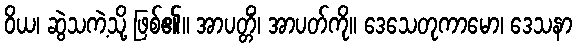
ဝိယ၊ ဆွဲသကဲ့သို့ ဖြစ်၏။ အာပတ္တိံ၊ အာပတ်ကို။ ဒေသေတုကာမော၊ ဒေသနာ